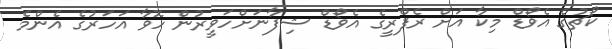
ކޯޗުގެ އެވޯޑް މިކާ އަށް ރެފްރީގެ އެވޯޑް ޝިފާނަށްހަވީރުން ހޮވާ އަހަރުގެ އެންމެ